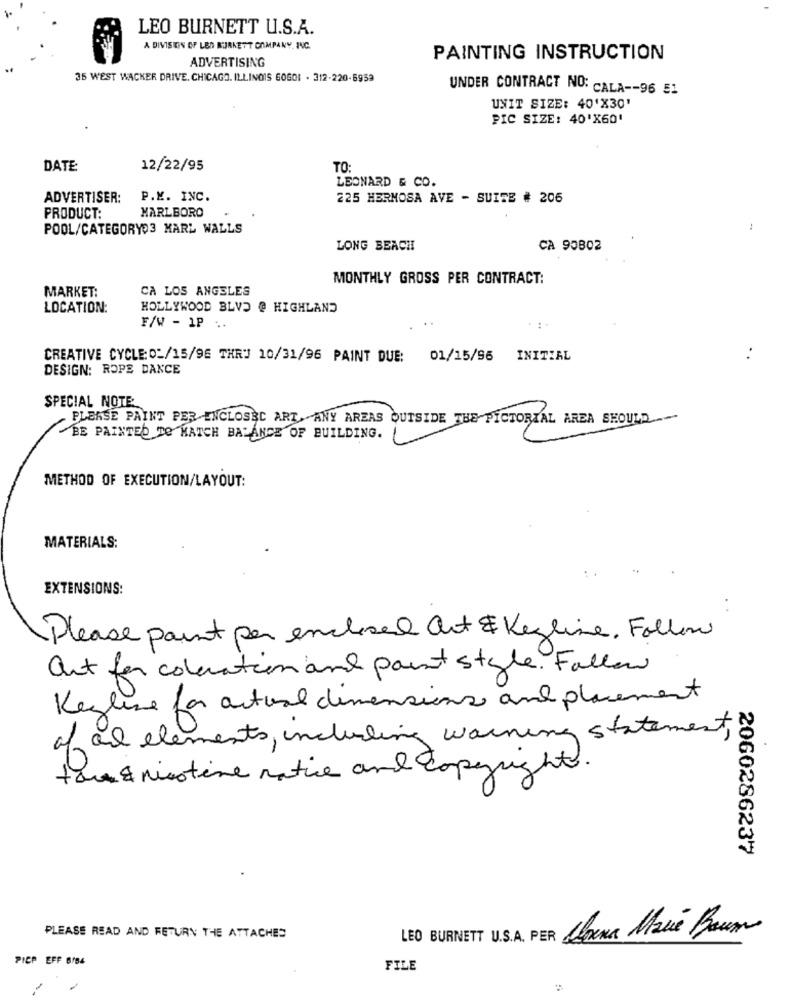
LEO BURNETT U.S.A.
A DIVISEIN OF LED BURKETT COMPANY, INC.
ADVERTISING
PAINTING INSTRUCTION
35 WEST WACKER DRIVE. CHICAGO, ILLINOIS GOGO1 . 312-220-5959
UNDER CONTRACT NO: CALA -- 96 51
UNIT SIZE: 40'X30'
PIC SIZE: 40'X60'
DATE
12/22/95
TO:
LEONARD & CO.
ADVERTISER:
P.M. INC.
225 HERMOSA AVE - SUITE # 206
MARLBORO
PRODUCT:
POOL/CATEGORY03 KARL WALLS
LONG BEACH
CA 90802
MONTHLY GROSS PER CONTRACT:
MARKET:
CA LOS ANGELES
LOCATION:
HOLLYWOOD BLVD @ HIGHLAND
F/W - 1P ..
CREATIVE CYCLE: O:/15/96 THRJ 10/31/96 PAINT DUE:
01/15/96
INITIAL
..
DESIGN: ROPE DANCE
SPECIAL NOTE:
PLEASE PAINT PER ENCLOSED ART, ANY AREAS OUTSIDE THE PICTORIAL AREA SHOULD ~
BE PAINTED TO MATCH BALANCE OF BUILDING.
METHOD OF EXECUTION/LAYOUT:
MATERIALS:
EXTENSIONS:
Please paint per enclosed art & Keyline, Follow
Ort for coloration and paint style. Follow
Keyline for actual dimensions and placement
of and elements, including warning statement,
to & nicotine native and copyright.
2060286237
LEO BURNETT U.S.A. PER Corra Mrue Baun
PLEASE READ AND RETURN THE ATTACHES
PICP EFF 6/54
FILE